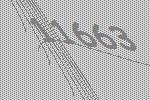
11663